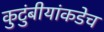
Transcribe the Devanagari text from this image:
कुटुंबीयांकडेच